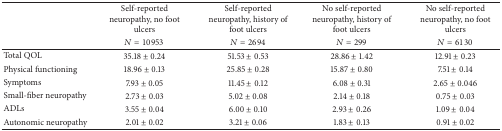
<table><thead><tr><td>[EMPTY_CELL]</td><td><b>Self-reported neuropathy, no foot ulcers</b></td><td><b>Self-reported neuropathy, history of foot ulcers</b></td><td><b>No self-reported neuropathy, history of foot ulcers</b></td><td><b>No self-reported neuropathy, no foot ulcers</b></td></tr><tr><td>[EMPTY_CELL]</td><td><b><i>N</i> = 10953</b></td><td><b><i>N</i> = 2694</b></td><td><b><i>N</i> = 299</b></td><td><b><i>N</i> = 6130</b></td></tr></thead><tbody><tr><td>Total QOL</td><td>35.18 ± 0.24</td><td>51.53 ± 0.53</td><td>28.86 ± 1.42</td><td>12.91 ± 0.23</td></tr><tr><td>Physical functioning</td><td>18.96 ± 0.13</td><td>25.85 ± 0.28</td><td>15.87 ± 0.80</td><td>7.51 ± 0.14</td></tr><tr><td>Symptoms</td><td>7.93 ± 0.05</td><td>11.45 ± 0.12</td><td>6.08 ± 0.31</td><td>2.65 ± 0.046</td></tr><tr><td>Small-fiber neuropathy</td><td>2.73 ± 0.03</td><td>5.02 ± 0.08</td><td>2.14 ± 0.18</td><td>0.75 ± 0.03</td></tr><tr><td>ADLs</td><td>3.55 ± 0.04</td><td>6.00 ± 0.10</td><td>2.93 ± 0.26</td><td>1.09 ± 0.04</td></tr><tr><td>Autonomic neuropathy</td><td>2.01 ± 0.02</td><td>3.21 ± 0.06</td><td>1.83 ± 0.13</td><td>0.91 ± 0.02</td></tr></tbody></table>